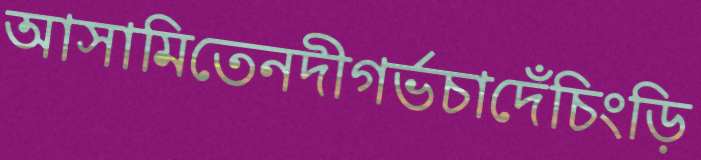
আসামিতেনদীগর্ভচাদেঁচিংড়ি